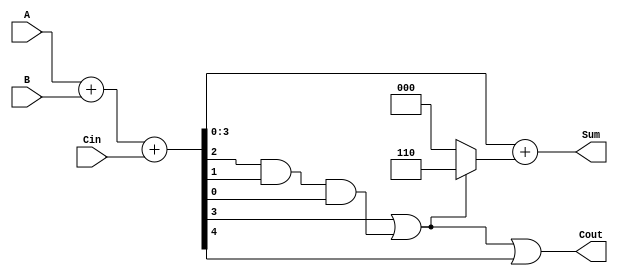
module BCD_Async_Adder (
    input  [3:0] A,     // First BCD digit input
    input  [3:0] B,     // Second BCD digit input
    input         Cin,   // Carry input
    output [3:0] Sum,   // BCD result of the addition
    output        Cout   // Carry output
);

    wire [4:0] S;       // Intermediate sum (5 bits to accommodate carry)
    wire correction;     // Signal to indicate if correction is needed

    // Step 1: Perform binary addition
    assign S = A + B + Cin;

    // Step 2: Determine if correction is needed
    assign correction = (S[3] | (S[2] & S[1] & S[0])); // S > 9 if S[3] == 1 or S[3:0] > 1001

    // Step 3: Conditional correction
    assign Sum = S[3:0] + (correction ? 4'b0110 : 4'b0000); // Add 6 if correction is needed
    assign Cout = correction | S[4]; // Cout is 1 if there's a correction or if there's a carry from the addition

endmodule